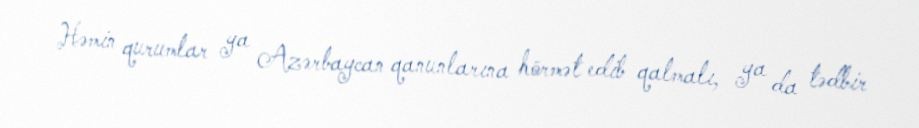
Həmin qurumlar ya Azərbaycan qanunlarına hörmət edib qalmalı, ya da tədbir